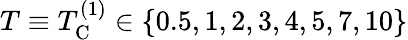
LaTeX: T\equiv T_{\mathrm{C}}^{(1)}\in\{ 0.5,1,2,3,4,5,7,10\}